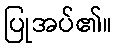
ပြုအပ်၏။